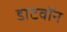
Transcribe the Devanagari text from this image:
डाटवॉन